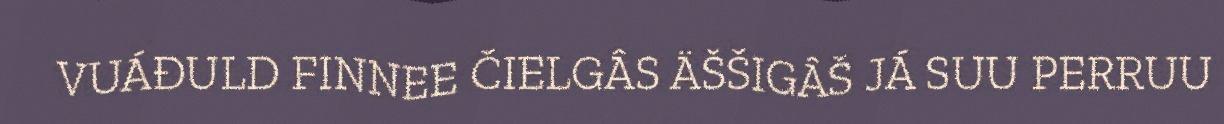
VUÁĐULD FINNEE ČIELGÂS ÄŠŠIGÂŠ JÁ SUU PERRUU